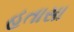
હતાસા